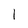
Character: 1